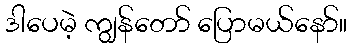
ဒါပေမဲ့ ကျွန်တော် ပြောမယ်နော်။